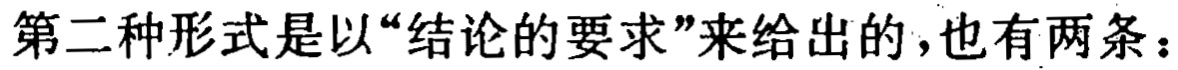
第二种形式是以“结论的要求”来给出的，也有两条：